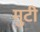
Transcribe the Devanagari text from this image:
मुटी